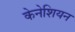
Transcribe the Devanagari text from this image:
केनेशियन